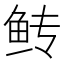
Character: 𫚋